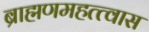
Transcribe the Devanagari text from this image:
ब्राह्मणमहत्त्वास